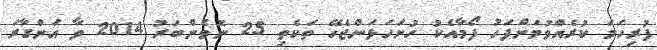
ފުރިހަމަ ކުރެއްވުމަށްފަހު ފޯމާއެކު ހުށަހަޅަންޖެހޭ ތަކެތި 25 ނޮވެންބަރު 2014 ވާ އަންގާރަ